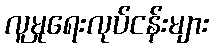
လူမှုရေးလုပ်ငန်းများ